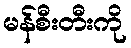
မန်စီးတီးကို